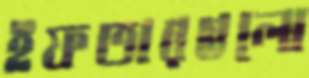
ইফতারগুলো